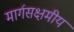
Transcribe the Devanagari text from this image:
मार्गसक्षमीय